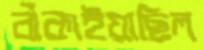
বাঁকাইয়াছিল